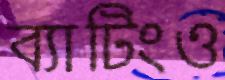
ব্যাটিংও